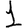
Digit: 1